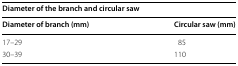
<table><thead><tr><td colspan="2"><b>Diameter of the branch and circular saw</b></td></tr><tr><td><b>Diameter of branch (mm)</b></td><td><b>Circular saw (mm)</b></td></tr></thead><tbody><tr><td>17–29</td><td>85</td></tr><tr><td>30–39</td><td>110</td></tr></tbody></table>